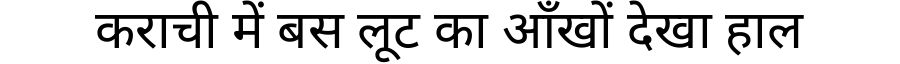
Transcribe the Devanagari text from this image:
कराची में बस लूट का आँखों देखा हाल